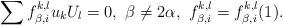
LaTeX: \begin{align*}\sum f_{\beta,i}^{k,l}u_kU_l=0,\,\, \beta\not=2\alpha,\,\,f_{\beta,i}^{k,l}=f_{\beta,i}^{k,l}(1).\end{align*}